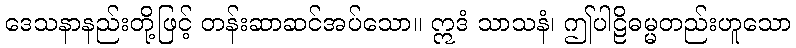
ဒေသနာနည်းတို့ဖြင့် တန်းဆာဆင်အပ်သော။ ဣဒံ သာသနံ၊ ဤပါဠိဓမ္မတည်းဟူသော